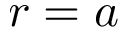
r = a